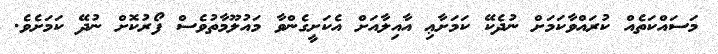
މަސައްކަތެއް ކުރައްވާކަމަށް ނުދެކޭ ކަމަށާޢި އާއިލާއަށް އެކަށީގެންވާ މައުލޫމާތުވެސް ފޯރުކޮށް ނުދޭ ކަމަށެވެ.